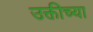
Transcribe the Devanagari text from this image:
उक्तीच्या